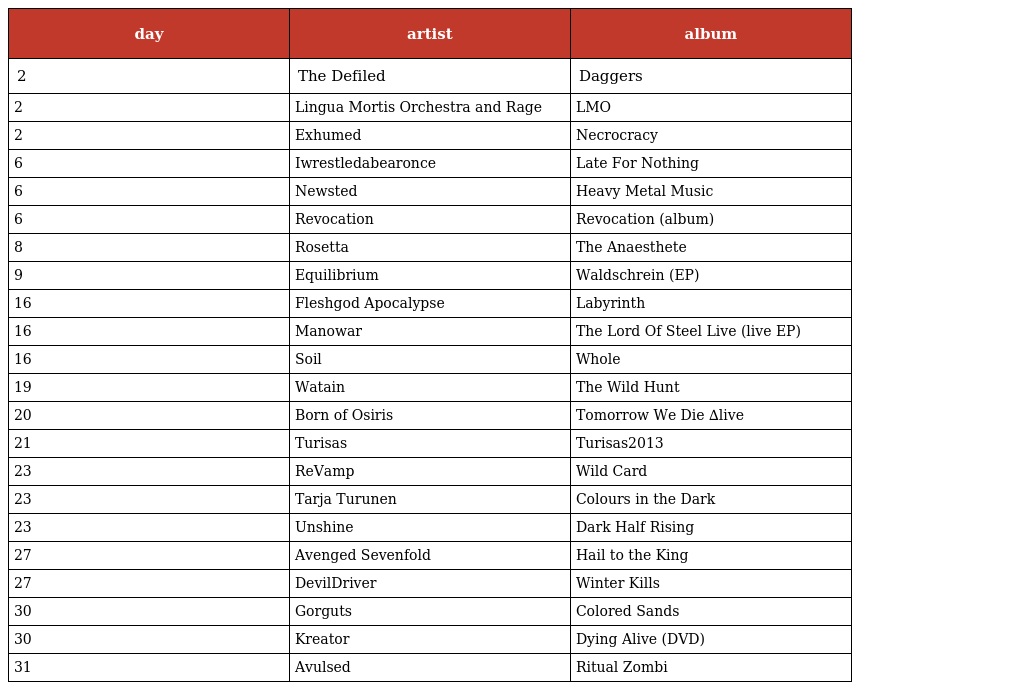
| day | artist | album |
 | --- | --- | --- |
 | 2 | The Defiled | Daggers |
 | 2 | Lingua Mortis Orchestra and Rage | LMO |
 | 2 | Exhumed | Necrocracy |
 | 6 | Iwrestledabearonce | Late For Nothing |
 | 6 | Newsted | Heavy Metal Music |
 | 6 | Revocation | Revocation (album) |
 | 8 | Rosetta | The Anaesthete |
 | 9 | Equilibrium | Waldschrein (EP) |
 | 16 | Fleshgod Apocalypse | Labyrinth |
 | 16 | Manowar | The Lord Of Steel Live (live EP) |
 | 16 | Soil | Whole |
 | 19 | Watain | The Wild Hunt |
 | 20 | Born of Osiris | Tomorrow We Die ∆live |
 | 21 | Turisas | Turisas2013 |
 | 23 | ReVamp | Wild Card |
 | 23 | Tarja Turunen | Colours in the Dark |
 | 23 | Unshine | Dark Half Rising |
 | 27 | Avenged Sevenfold | Hail to the King |
 | 27 | DevilDriver | Winter Kills |
 | 30 | Gorguts | Colored Sands |
 | 30 | Kreator | Dying Alive (DVD) |
 | 31 | Avulsed | Ritual Zombi |